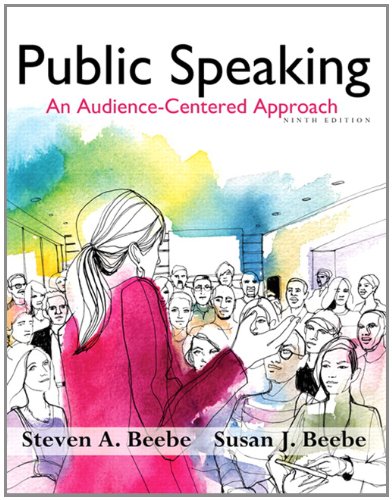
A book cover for Public Speaking: An Audience-Centered Approach (9th Edition); Steven A. Beebe; Reference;